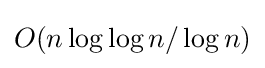
O(n\log \log n/\log n)